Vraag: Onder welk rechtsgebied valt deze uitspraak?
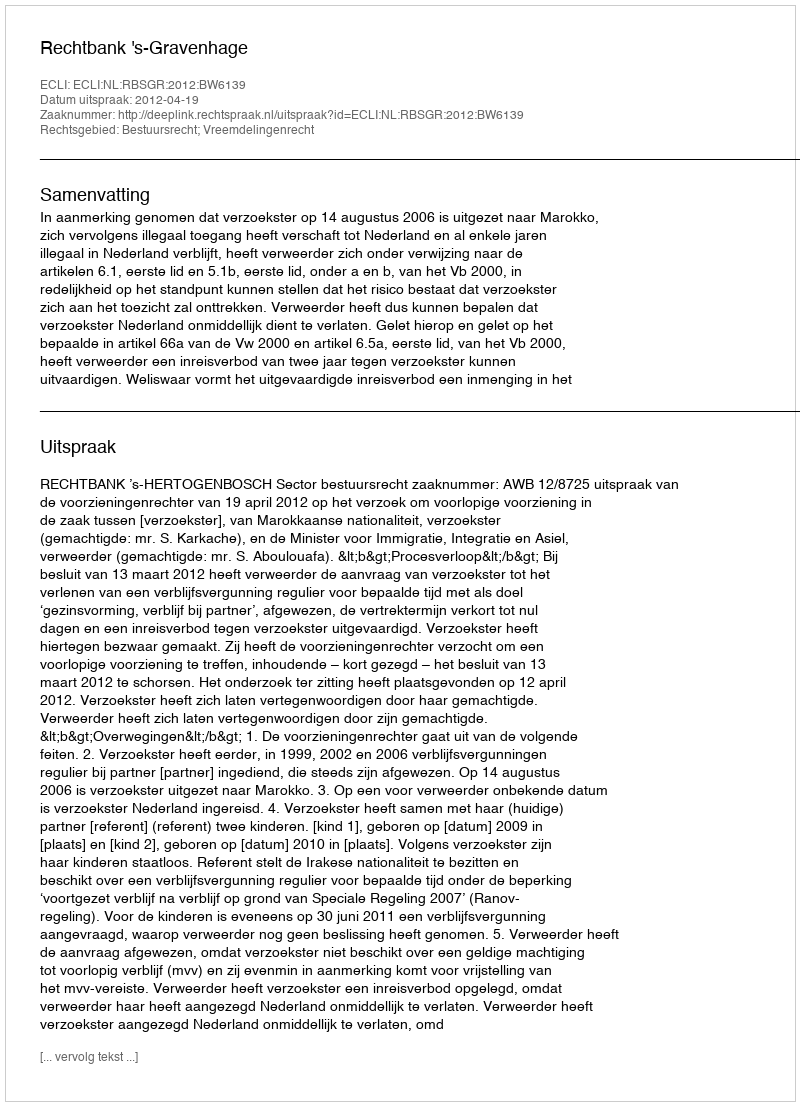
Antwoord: Bestuursrecht; Vreemdelingenrecht